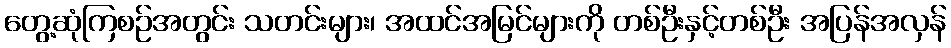
တွေ့ဆုံကြစဉ်အတွင်း သတင်းများ၊ အထင်အမြင်များကို တစ်ဦးနှင့်တစ်ဦး အပြန်အလှန်